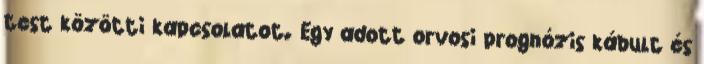
test közötti kapcsolatot. Egy adott orvosi prognózis kábult és